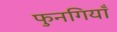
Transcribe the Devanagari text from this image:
फुनगियाँ